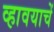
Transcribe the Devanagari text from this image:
व्हावयाचें